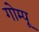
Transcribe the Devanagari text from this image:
गोम्‍पू